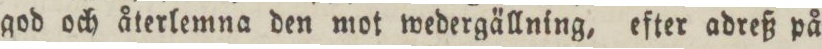
god och återlemna den mot wedergällning, efter adreß på